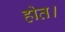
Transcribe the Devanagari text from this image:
होत।